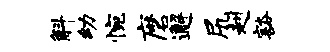
斛幼惋磨邂尻赳豁